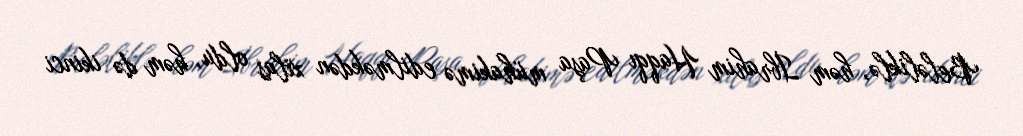
Beləliklə, həm İbrahim Haqqı Paşa mühakimə edilməkdən xilas oldu, həm də ikinci